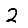
Digit: 2